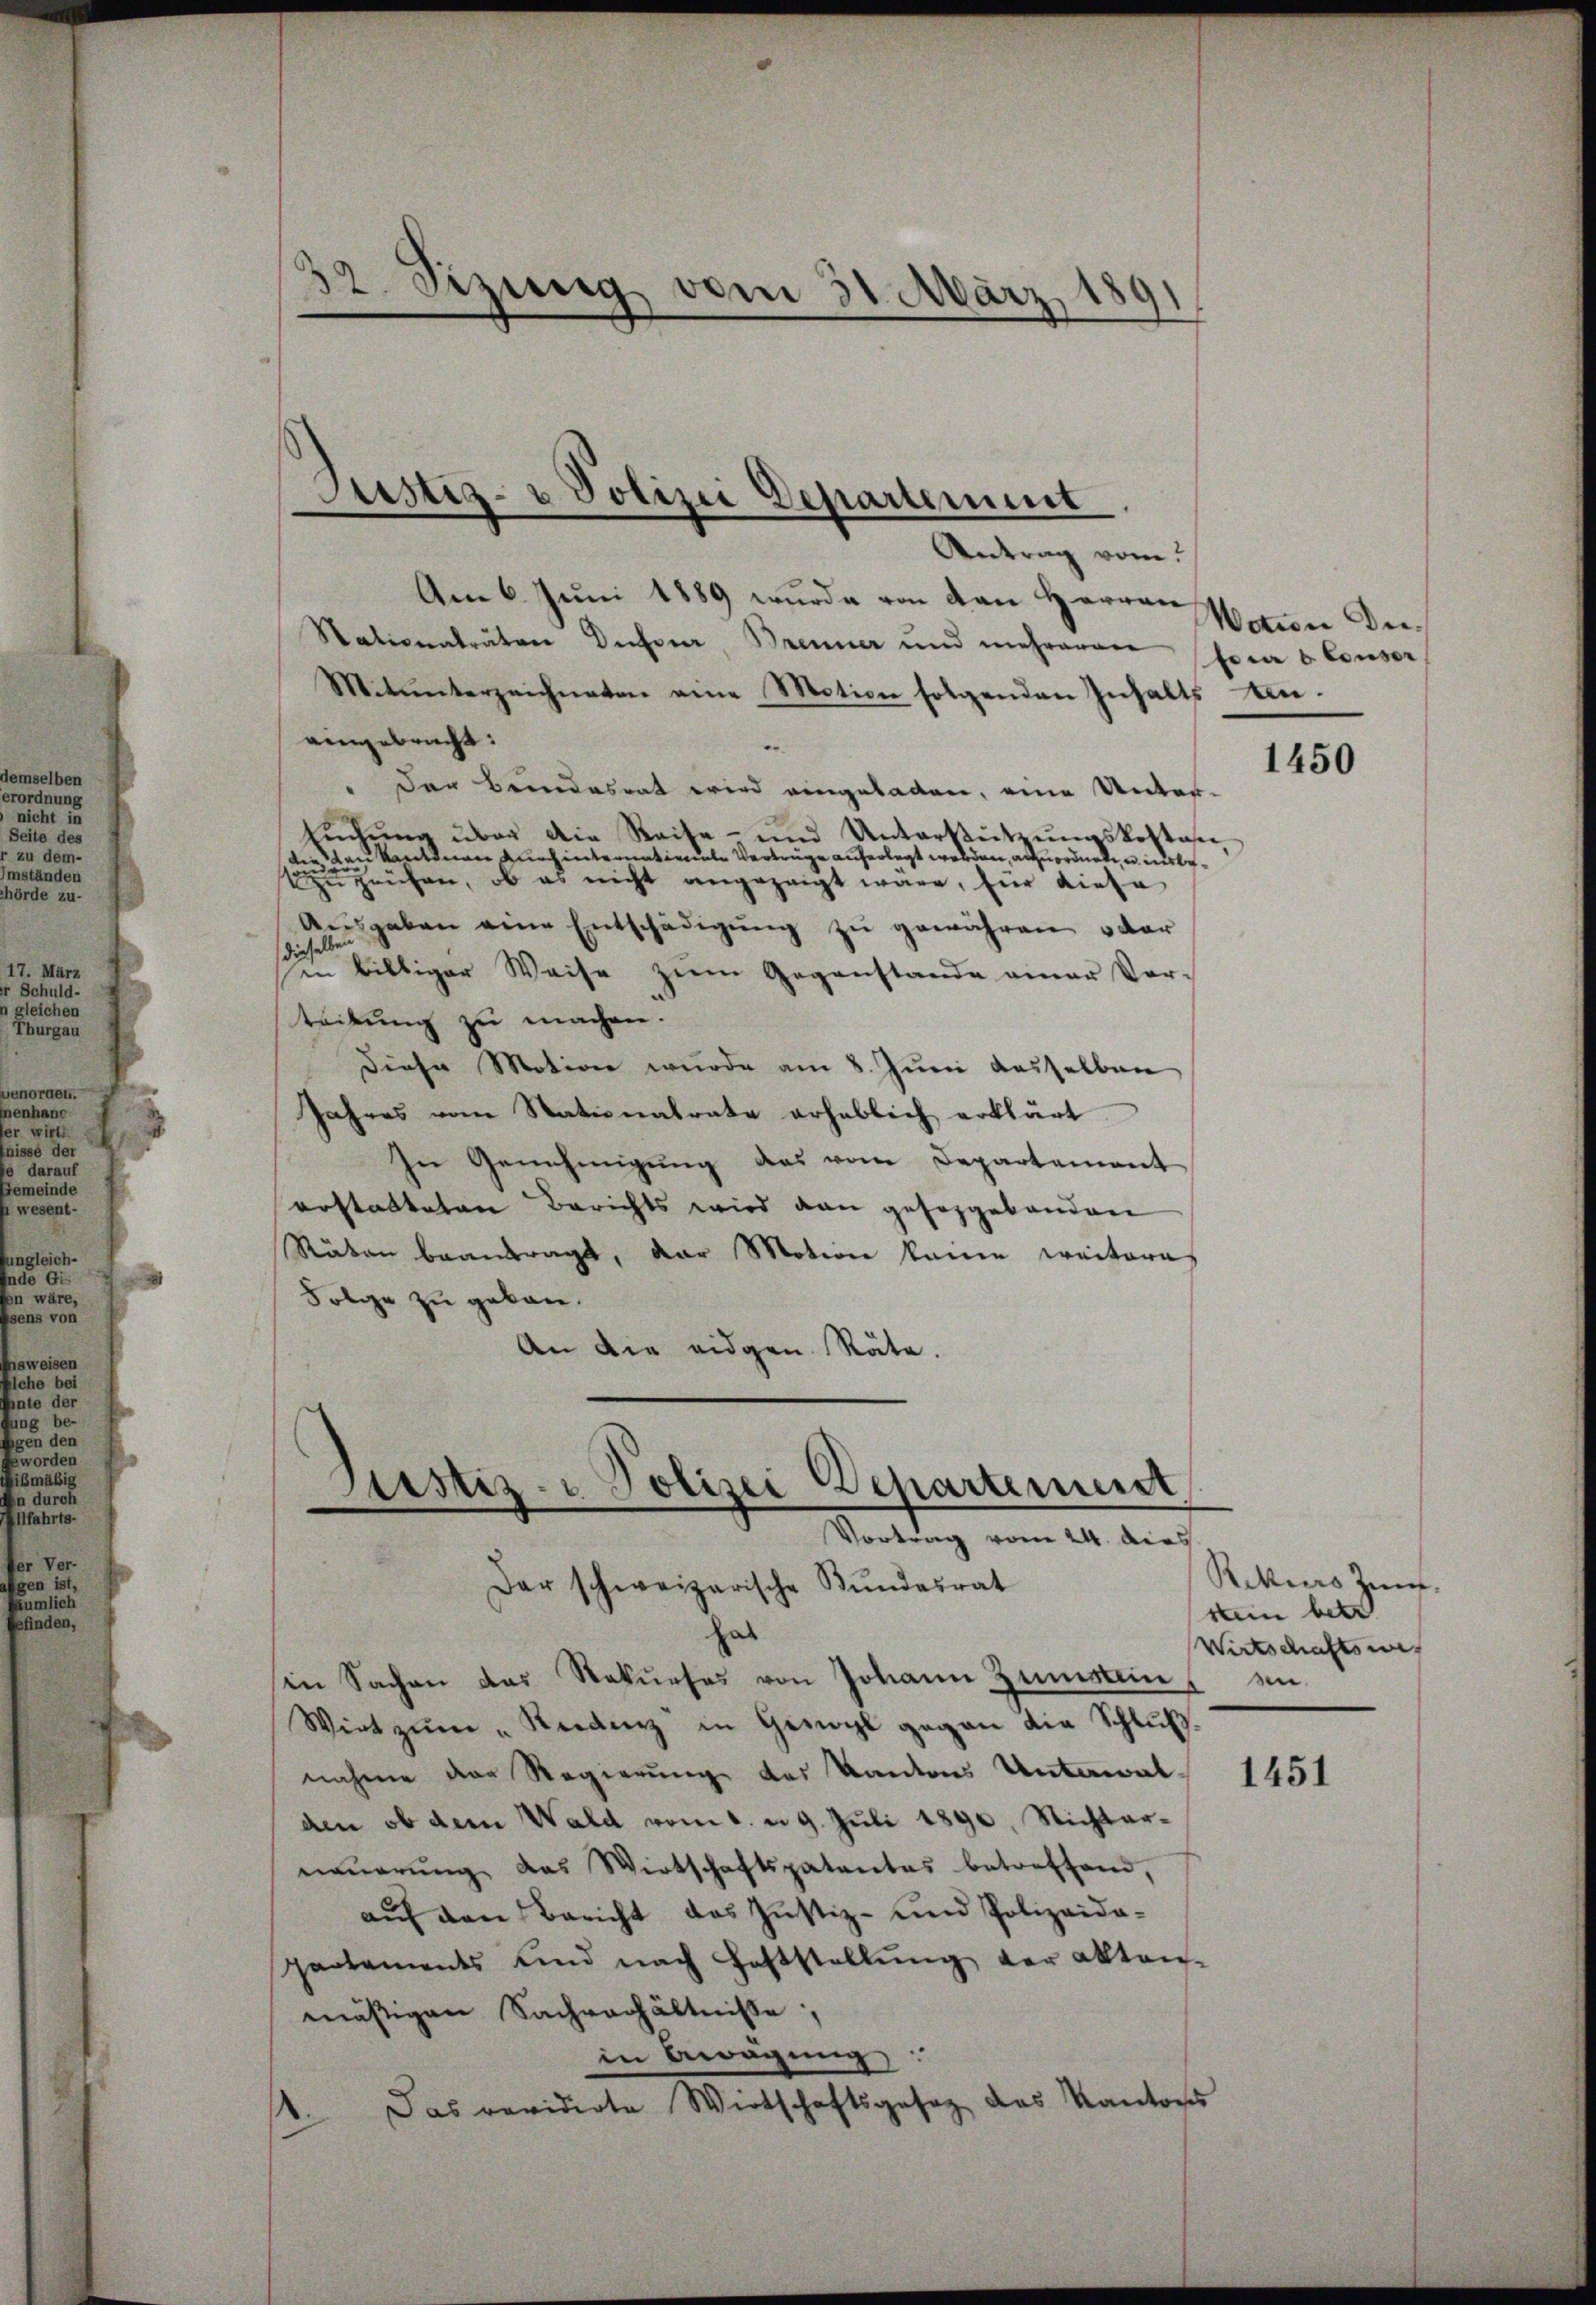
len
ben
nung
nicht in
Seite des
“ zu dem-
ständen
hörde zu-
17. März
r Schuld-
gleichen
Thurgau
Ten.
e
.

32. Sizung vom 31. März,
—

Antrag vom
Am 6. Juni 1889 wurde von den Harran
Stationalräten Dufour, Brenner und mehreren foro Conser
Mitunterzeichneten eine Motion folgenden Inhalts An-
eingebracht:
" Der Brandesrat wird eingeladen, eine Unter-
sŭchŭng über die Reise- und Unterstützŭngskosten,
die Bau kantonau durch internations Verträge auferlegt worden, anzuordnete, u. insbezuprüfen, ob es nicht angezeigt wäre, für diese
Aŭsgaben eine Entschädigŭng zŭ gewähren, oder
dieselben
in billiger Weise zum Gegenstande einer Vor-
teilung zu machen.
Diese Motion wurde am 8. Juni dasselben
Jahres vom Stationalrate erheblich erklärt
In Genehmigung das vom Departement
erstatteten Berichts wird von gesorgebanden
Räten beantragt, der Motion kanne weitere
Folge zu geben.
An die eidgen. Räte.

Justiz-
Polizei Departement
¬

Justiz- & Polizei Schartermeist
.
Vortrag vom 24. dies
Der schweizerische Bundesrat

hab
in Sachen das Rekŭrses von Johann Zumstein an
Wirt zŭm „Reidenz in Gewohl gegen die Schlußnahme der Regierung des Kantons Unterwalden ob dem Wald vom 1. n 9. Juli 1890, Nichterneŭerŭng das Wirtschaftspatentes betreffend,
aŭf den Bericht das Justiz- und Polizeida-
pactaments und nach Feststellŭng der aktan-
mäßigen Sachverhältnisse
in bewegung
Das revidirte Wirtschaftsgesez des Kantons

Nation Di¬

1450

Riktiers Zunf
kain betr
Wirtschaftswes

1451